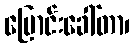
ပြောင်းခေါ်တာ၊